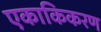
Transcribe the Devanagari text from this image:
एकाकिकरण